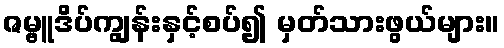
ဇမ္ဗူဒိပ်ကျွန်းနှင့်စပ်၍ မှတ်သားဖွယ်များ။